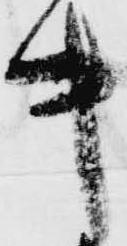
キ